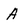
Character: A